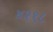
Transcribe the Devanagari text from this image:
४२१८